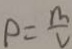
\rho = \frac { m } { v }